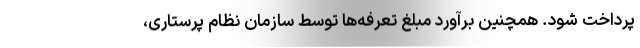
پرداخت شود. همچنین برآورد مبلغ تعرفه‌ها توسط سازمان نظام پرستاری،